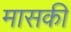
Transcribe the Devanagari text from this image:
मासकी